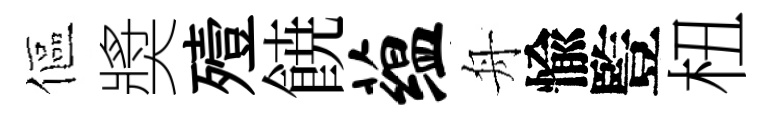
傴奬殪𩜙蕴舟愉䜿杻